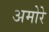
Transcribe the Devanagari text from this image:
अमोरे